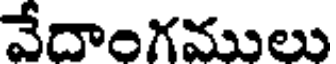
వేదాంగములు